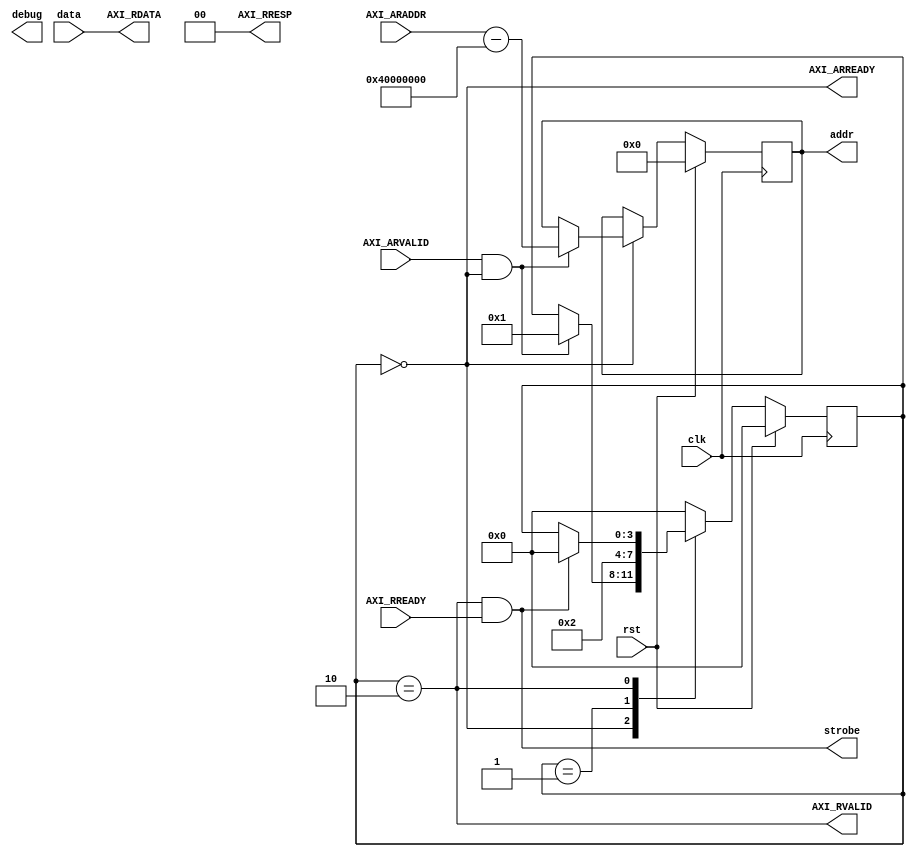
//////////////////////////////////////////////////////////////////////////////////
// Copyright Ettus Research LLC
// Copyright 2014 Ettus Research, a National Instruments Company
//
// SPDX-License-Identifier: LGPL-3.0-or-later
//
// The ZYNQ FIFO slave readback:
//  - implements read state machine for 32-bit addressable AXI slave
//  - provides readback for state of per-stream fifo pointers
//////////////////////////////////////////////////////////////////////////////////


module zf_slave_readback
#(
    parameter CONFIG_BASE = 32'h40000000
)
(
    input clk,
    input rst,

    //------------------------------------------------------------------
    //-- control read signals - slave
    //------------------------------------------------------------------
    input [31:0] AXI_ARADDR,
    input AXI_ARVALID,
    output AXI_ARREADY,
    output [31:0] AXI_RDATA,
    output [1:0] AXI_RRESP,
    output AXI_RVALID,
    input AXI_RREADY,

    //------------------------------------------------------------------
    // readback interface
    //------------------------------------------------------------------
    output reg [31:0] addr,
    input [31:0] data,
    output strobe,

    output [31:0] debug
);

////////////////////////////////////////////////////////////////////////
///////////////////////////// Begin R T L //////////////////////////////
////////////////////////////////////////////////////////////////////////

    //------------------------------------------------------------------
    // Control read state machine responds to AXI control reads
    // Used for reading back the state of the various FIFOs
    //------------------------------------------------------------------
    localparam STATE_ADDR = 0;
    localparam STATE_READ = 1;
    localparam STATE_DATA = 2;

    reg [3:0] state;

    always @(posedge clk) begin
        if (rst) begin
            state <= STATE_ADDR;
            addr <= 0;
        end
        else case (state)

        STATE_ADDR: begin
            if (AXI_ARVALID && AXI_ARREADY) begin
                state <= STATE_READ;
                addr <= (AXI_ARADDR - CONFIG_BASE);
            end
        end

        STATE_READ: begin
            state <= STATE_DATA;
        end

        STATE_DATA: begin
            if (AXI_RVALID && AXI_RREADY) begin
                state <= STATE_ADDR;
            end
        end

        default: state <= STATE_ADDR;

        endcase //state
    end

    assign strobe = AXI_RVALID && AXI_RREADY;

    //readback data
    assign AXI_RDATA = data;
    //only acking address reads from the wait state
    assign AXI_ARREADY = (state == STATE_ADDR);
    //when to release outputs from the slave
    assign AXI_RVALID = (state == STATE_DATA);
    assign AXI_RRESP = 0;

endmodule //zf_slave_readback